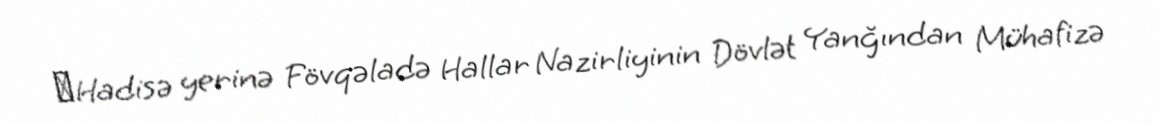
‌Hadisə yerinə Fövqəladə Hallar Nazirliyinin Dövlət Yanğından Mühafizə